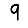
Digit: 9